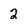
Character: 2